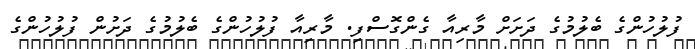
ފުލުހުންގެ ބެލުމުގެ ދަށަށް މާރިއާ ގެންގޮސްފި. މާރިއާ ފުލުހުންގެ ބެލުމުގެ ދަށުން ފުލުހުންގެ